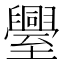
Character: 𮍤